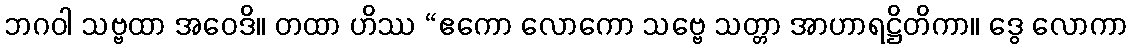
ဘဂဝါ သဗ္ဗထာ အဝေဒိ။ တထာ ဟိဿ “ဧကော လောကော သဗ္ဗေ သတ္တာ အာဟာရဋ္ဌိတိကာ။ ဒွေ လောကာ